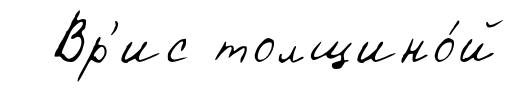
Вр'ис толщино́й